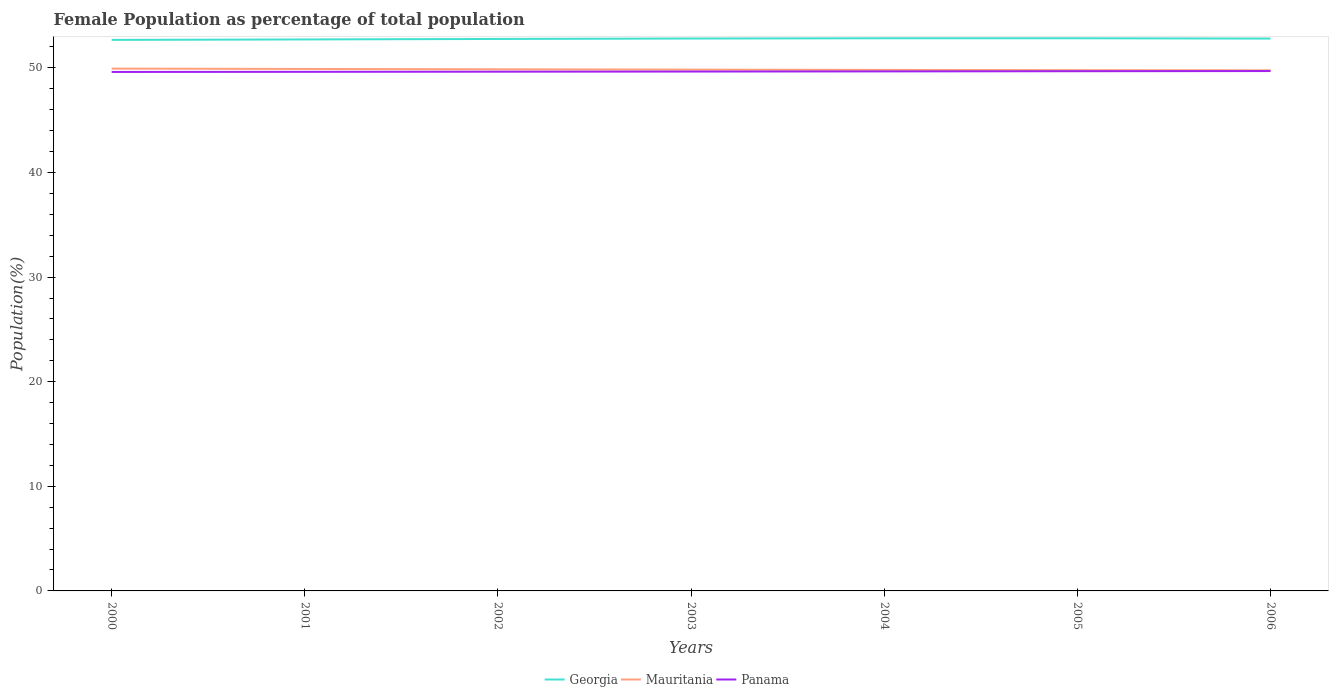
| Years | Georgia | Mauritania | Panama |
 | --- | --- | --- | --- |
 | 2000 | 52.7 | 49.9 | 49.6 |
 | 2001 | 52.7 | 49.9 | 49.6 |
 | 2002 | 52.8 | 49.9 | 49.6 |
 | 2003 | 52.8 | 49.8 | 49.6 |
 | 2004 | 52.8 | 49.8 | 49.7 |
 | 2005 | 52.8 | 49.8 | 49.7 |
 | 2006 | 52.8 | 49.8 | 49.7 |